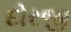
દોરજી